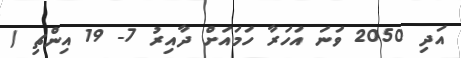
އަދި 2050 ވަނަ އަހަރާ ހަމައަށް ދާއިރު 7- 19 އިންޗި (